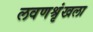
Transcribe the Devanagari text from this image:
लवणश्रृंखला